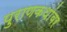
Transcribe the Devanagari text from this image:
पुराणकथांवर